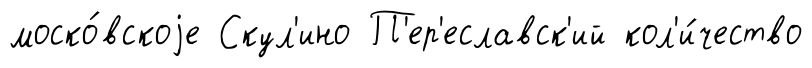
моско́вскоjе Скул'ино П'ер'еславск'ий кол'и́чество